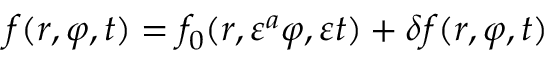
f ( r , \varphi , t ) = f _ { 0 } ( r , \varepsilon ^ { a } \varphi , \varepsilon t ) + \delta f ( r , \varphi , t )